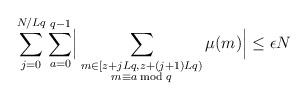
LaTeX: \begin{align*}\sum_{j=0}^{N/Lq}\sum_{a=0}^{q-1}\Bigr\lvert \sum_{\substack{m\in[z+jLq,z+(j+1)Lq)\\m\equiv a \bmod{q}}}\mu(m) \Bigr\rvert\leq \epsilon N\end{align*}